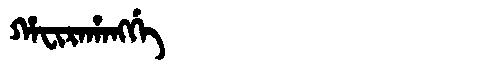
Manchu: ᡥᠠᠸᡳᡵᠠᡥᠠᠩᡤᡝ
Romanization: HAFIRAHANGGE